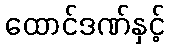
ထောင်ဒဏ်နှင့်